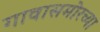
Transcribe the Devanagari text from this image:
गावासमोरच्या